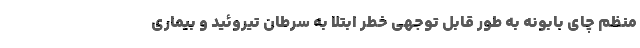
منظم چای بابونه به طور قابل توجهی خطر ابتلا به سرطان تیروئید و بیماری